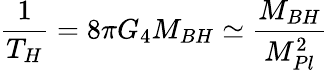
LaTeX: \frac{1}{T_{H}}=8\pi G_{4}M_{BH}\simeq\frac{M_{BH}}{M_{Pl}^{2}}